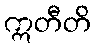
ဣတီတိ